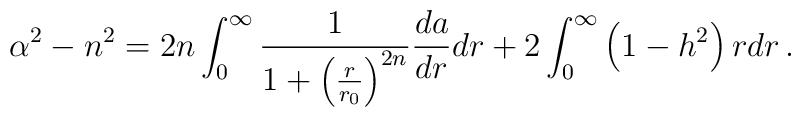
\alpha^2 -  n^2   = 2 n   \int_0^\infty  {1 \over 1 + \left({ r\over r_0}\right)^{2 n} }{da \over dr} dr   + 2 \int_0^\infty  \left( 1 - h^2  \right) r dr  \,  .